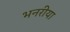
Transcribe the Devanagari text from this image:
भनरीया